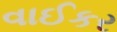
વાઈકર